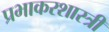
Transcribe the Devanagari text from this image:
प्रभाकरशास्त्री